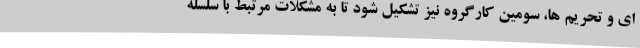
ای و تحریم ها، سومین کارگروه نیز تشکیل شود تا به مشکلات مرتبط با سلسله